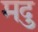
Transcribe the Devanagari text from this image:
मदु